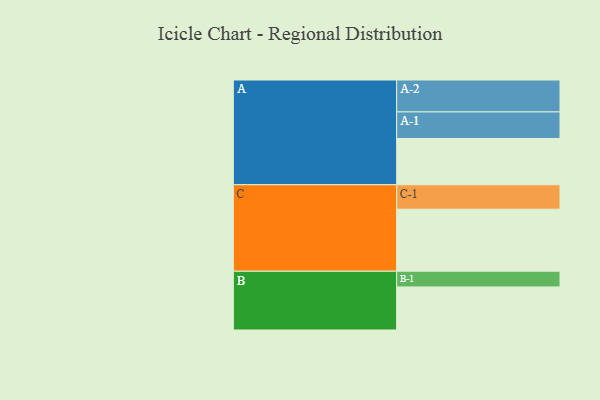
{"axis": {"x": "Segment", "y": "Value"}, "legend": ["", "A", "B", "C"], "data": [{"x": "A", "y": 365, "type": ""}, {"x": "B", "y": 340, "type": ""}, {"x": "C", "y": 490, "type": ""}, {"x": "A-1", "y": 210, "type": "A"}, {"x": "A-2", "y": 252, "type": "A"}, {"x": "B-1", "y": 124, "type": "B"}, {"x": "C-1", "y": 193, "type": "C"}]}